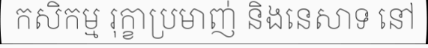
កសិកម្ម រុក្ខាប្រមាញ់ និងនេសាទ នៅ